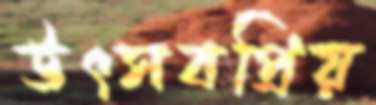
উৎসবপ্রিয়